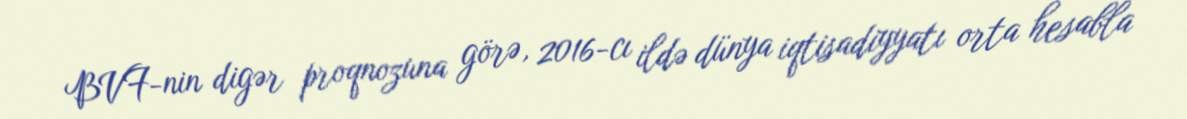
BVF-nin digər proqnozuna görə, 2016-cı ildə dünya iqtisadiyyatı orta hesabla